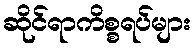
ဆိုင်ရာကိစ္စရပ်များ